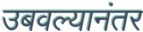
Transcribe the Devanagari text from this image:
उबवल्यानंतर